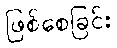
ဖြစ်စေခြင်း